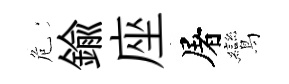
危鍮座屠鸞